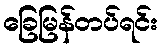
ခြေမြန်တပ်ရင်း